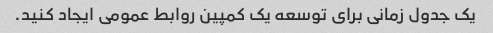
یک جدول زمانی برای توسعه یک کمپین روابط عمومی ایجاد کنید.